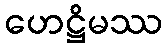
ဟေဋ္ဌိမဿ